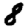
Digit: 8